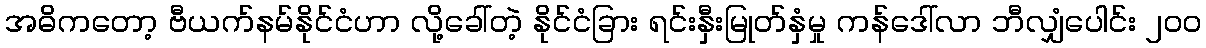
အဓိကတော့ ဗီယက်နမ်နိုင်ငံဟာ လို့ခေါ်တဲ့ နိုင်ငံခြား ရင်းနှီးမြုတ်နှံမှု ကန်ဒေါ်လာ ဘီလျှံပေါင်း ၂၀၀